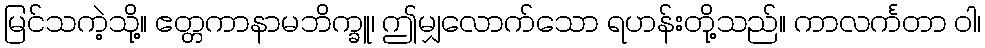
မြင်သကဲ့သို့။ ဧတ္တကာနာမဘိက္ခူ၊ ဤမျှလောက်သော ရဟန်းတို့သည်။ ကာလင်္ကတာ ဝါ၊